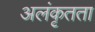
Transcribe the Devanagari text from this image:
अलंकृतता